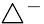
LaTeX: \triangle^{-}